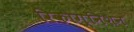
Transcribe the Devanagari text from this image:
रिकोग्निशन